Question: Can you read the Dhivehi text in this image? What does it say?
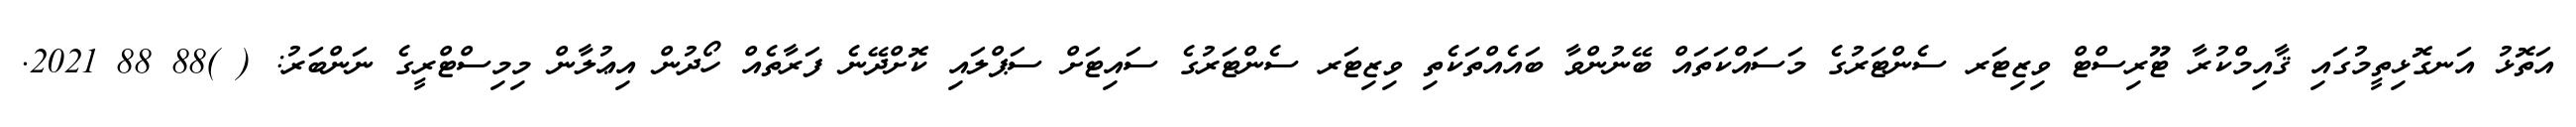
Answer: އަތޮޅު އަނގޮޅިތީމުގައި ޤާއިމްކުރާ ޓޫރިސްޓް ވިޒިޓަރ ސެންޓަރުގެ މަސައްކަތައް ބޭނުންވާ ބައެއްތަކެތި ވިޒިޓަރ ސެންޓަރުގެ ސައިޓަށް ސަޕްލައި ކޮށްދޭނެ ފަރާތެއް ހޯދުން އިޢުލާން މިމިސްޓްރީގެ ނަންބަރު: ( )88 88 2021.